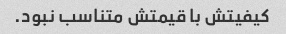
کیفیتش با قیمتش متناسب نبود.